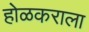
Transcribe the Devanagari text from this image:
होळकराला